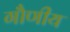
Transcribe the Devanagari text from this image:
गौणीय